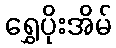
ရွှေပိုးအိမ်